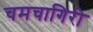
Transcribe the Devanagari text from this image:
चमचागिरी